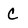
Character: C